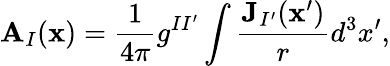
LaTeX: \mathbf{A}_{I}(\mathbf{x})=\frac{1}{4\pi}g^{II^{\prime}}\int\frac{\mathbf{J}_{I^{\prime}}(\mathbf{x}^{\prime})}{r}d^{3}x^{\prime},